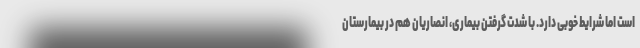
است اما شرایط خوبی دارد. با شدت گرفتن بیماری، انصاریان هم در بیمارستان